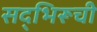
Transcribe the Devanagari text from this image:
सद्भिरूची